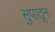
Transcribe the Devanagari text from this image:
सुपातून